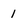
Character: 1